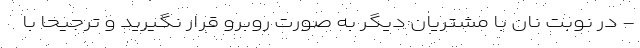
- در نوبت نان با مشتریان دیگر به صورت روبرو قرار نگیرید و ترجیحا با